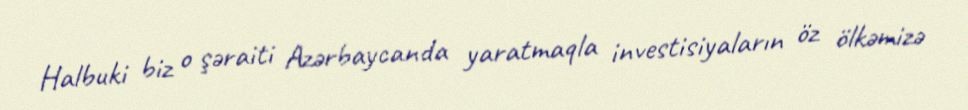
Halbuki biz o şəraiti Azərbaycanda yaratmaqla investisiyaların öz ölkəmizə